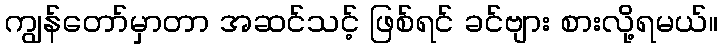
ကျွန်တော်မှာတာ အဆင်သင့် ဖြစ်ရင် ခင်ဗျား စားလို့ရမယ်။